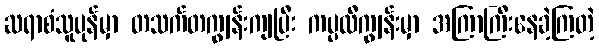
ဆရာစံသူပုန်မှာ တသက်တကျွန်းကျပြီး ကပ္ပလီကျွန်းမှာ အကြာကြီးနေခဲ့ကြတဲ့